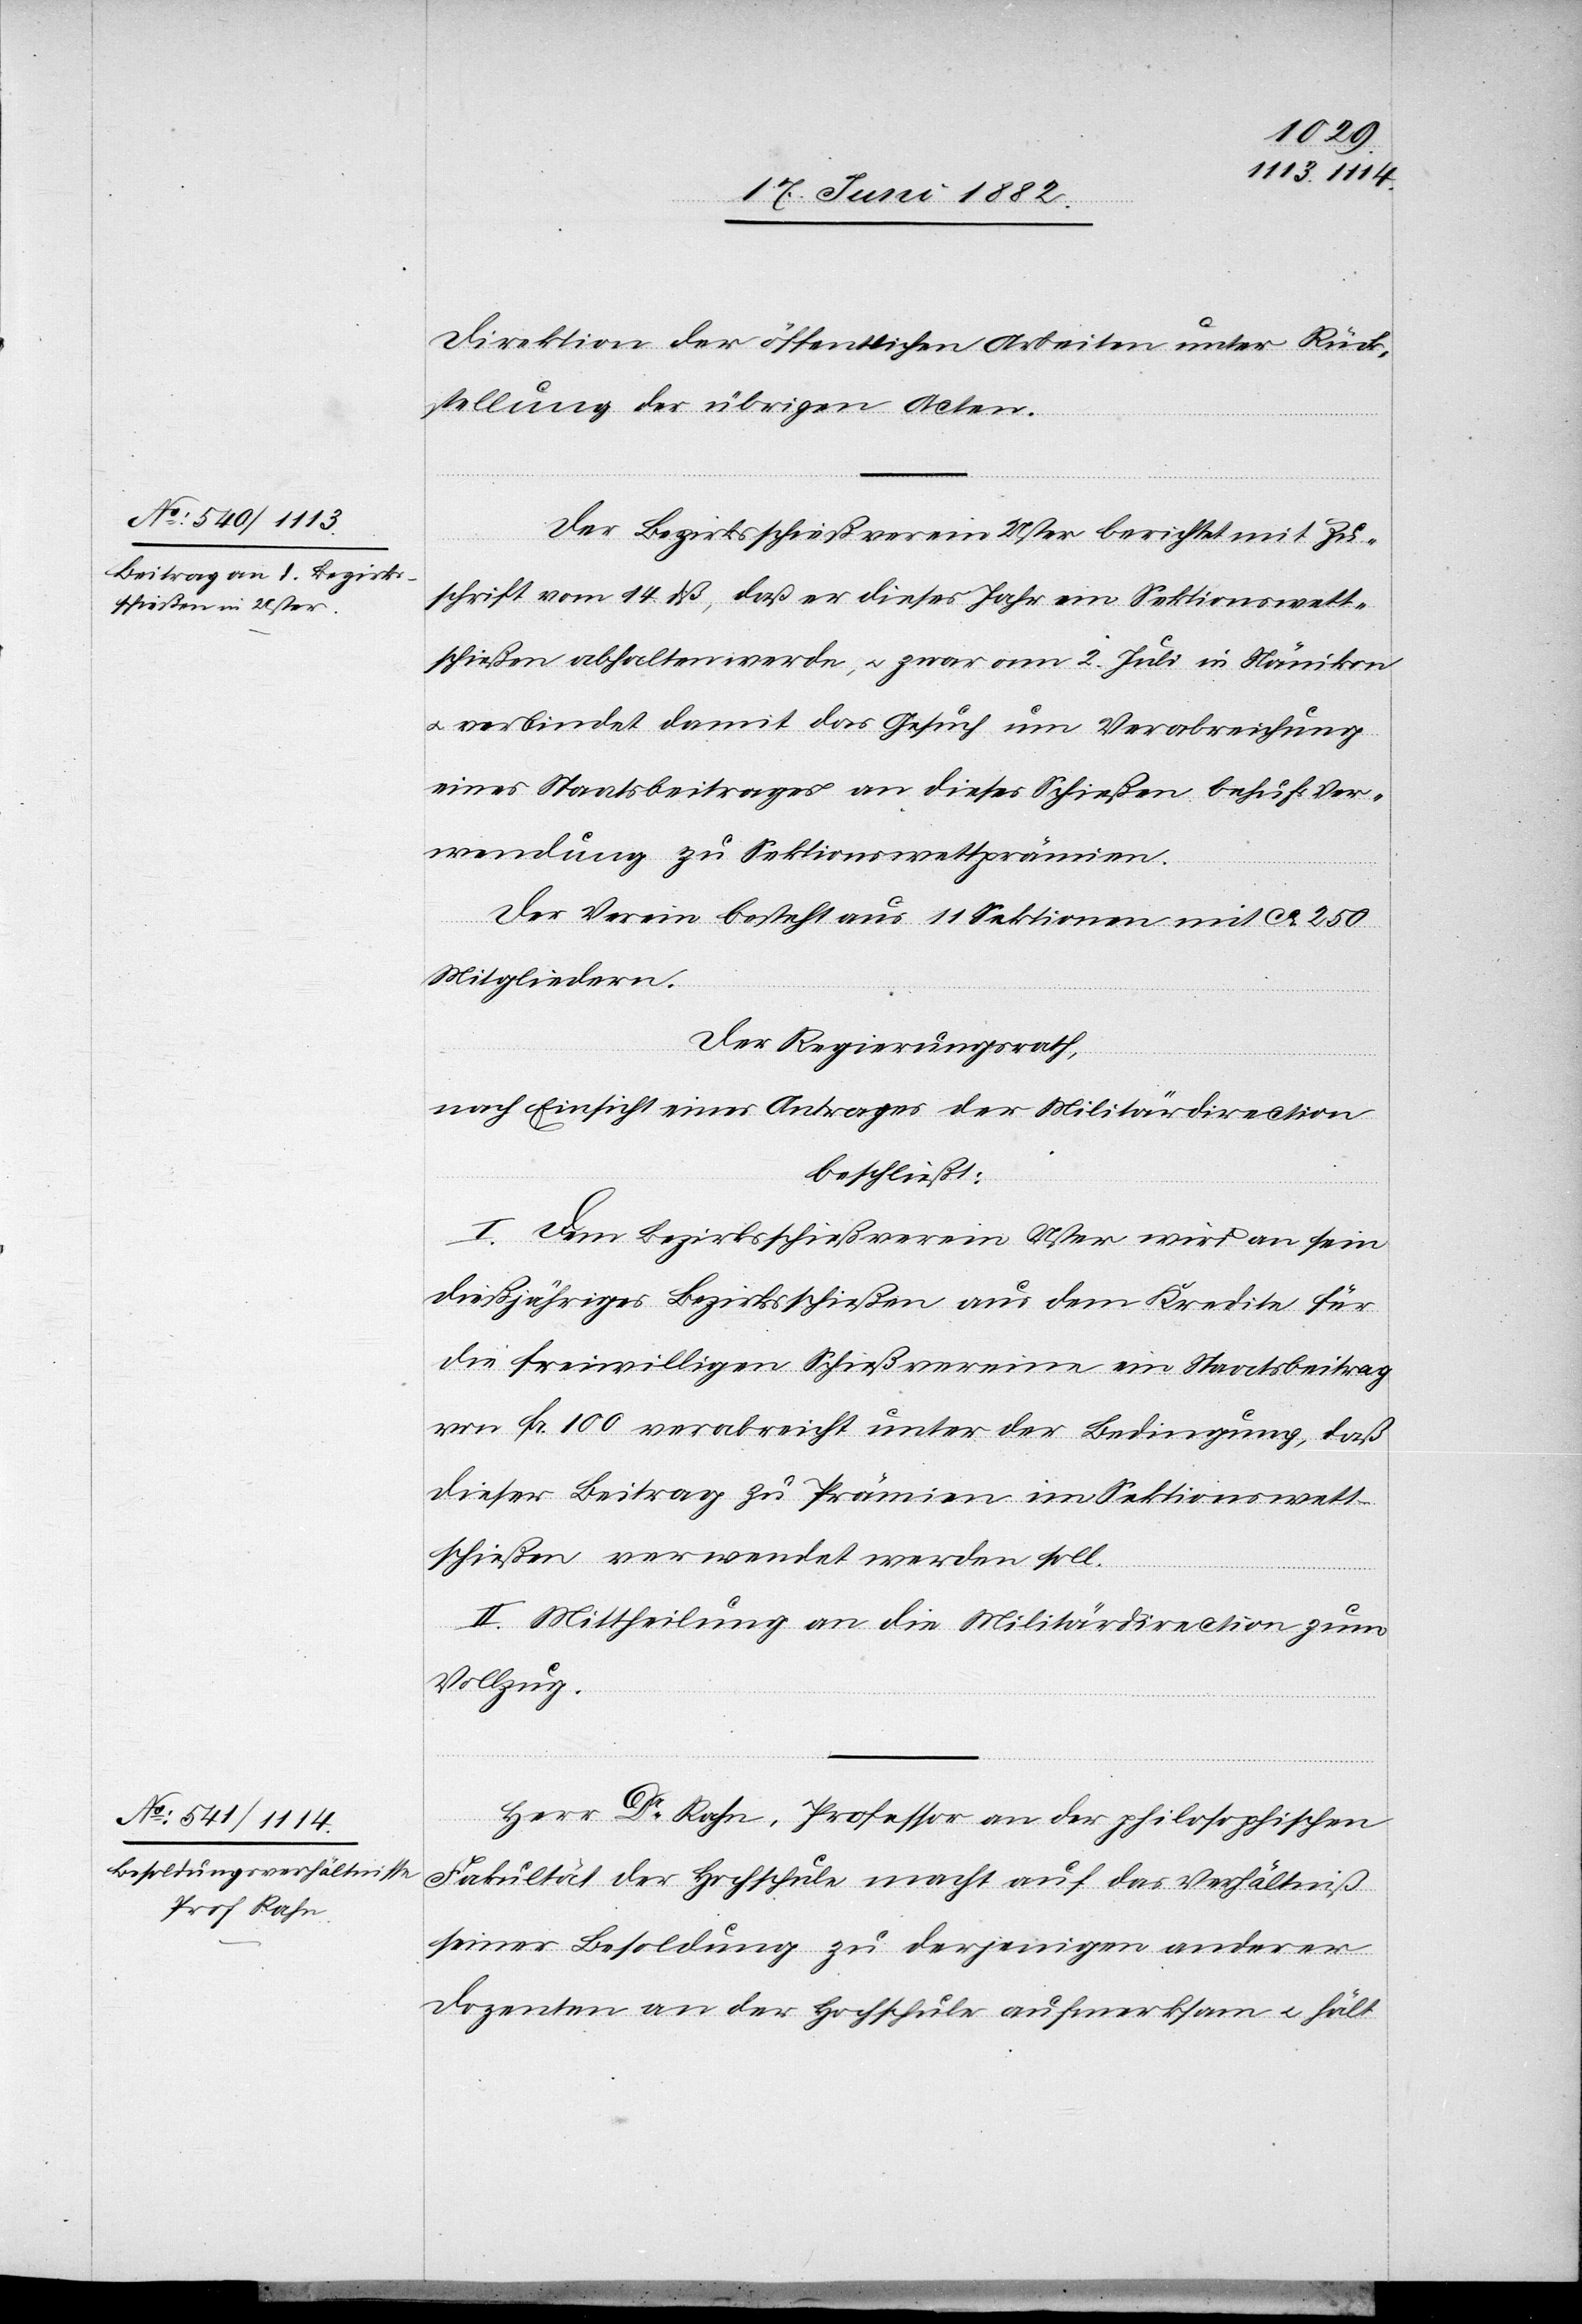
Direction der öffentlichen Arbeiten unter Rück¬
stellung der übrigen Acten.
Der Bezirksschießverein Uster berichtet mit Zu¬
schrift vom 14. dß., daß er dieses Jahr ein Sektionswett¬
schießen abhalten werde, u. zwar am 2. Juli in Nänikon
u. verbindet damit das Gesuch um Verabreichung
eines Staatsbeitrages an dieses Schießen behufs Ver¬
wendung zu Sektionswettprämien.
Der Verein besteht aus 11 Sektionen mit ca 250
Mitgliedern.
Der Regierungsrath,
nach Einsicht eines Antrages der Militärdirection,
beschließt:
I. Dem Bezirksschießverein Uster wird an sein
dießjähriges Bezirksschießen aus dem Kredite für
die freiwilligen Schießvereine ein Staatsbeitrag
von Fr. 100 verabreicht unter der Bedingung, daß
dieser Beitrag zu Prämien im Sektionswett¬
schießen verwendet werden soll.
II. Mittheilung an die Militärdirection zum
Vollzug.
Herr Dr Rahn, Professor an der philosophischen
Fakultät der Hochschule macht auf das Verhältniß
seiner Besoldung zu derjenigen anderer
Dozenten an der Hochschule aufmerksam u. hält